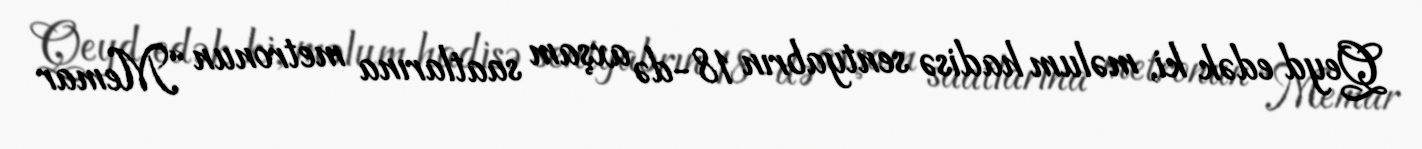
Qeyd edək ki, məlum hadisə sentyabrın 18-də axşam saatlarına metronun “Memar